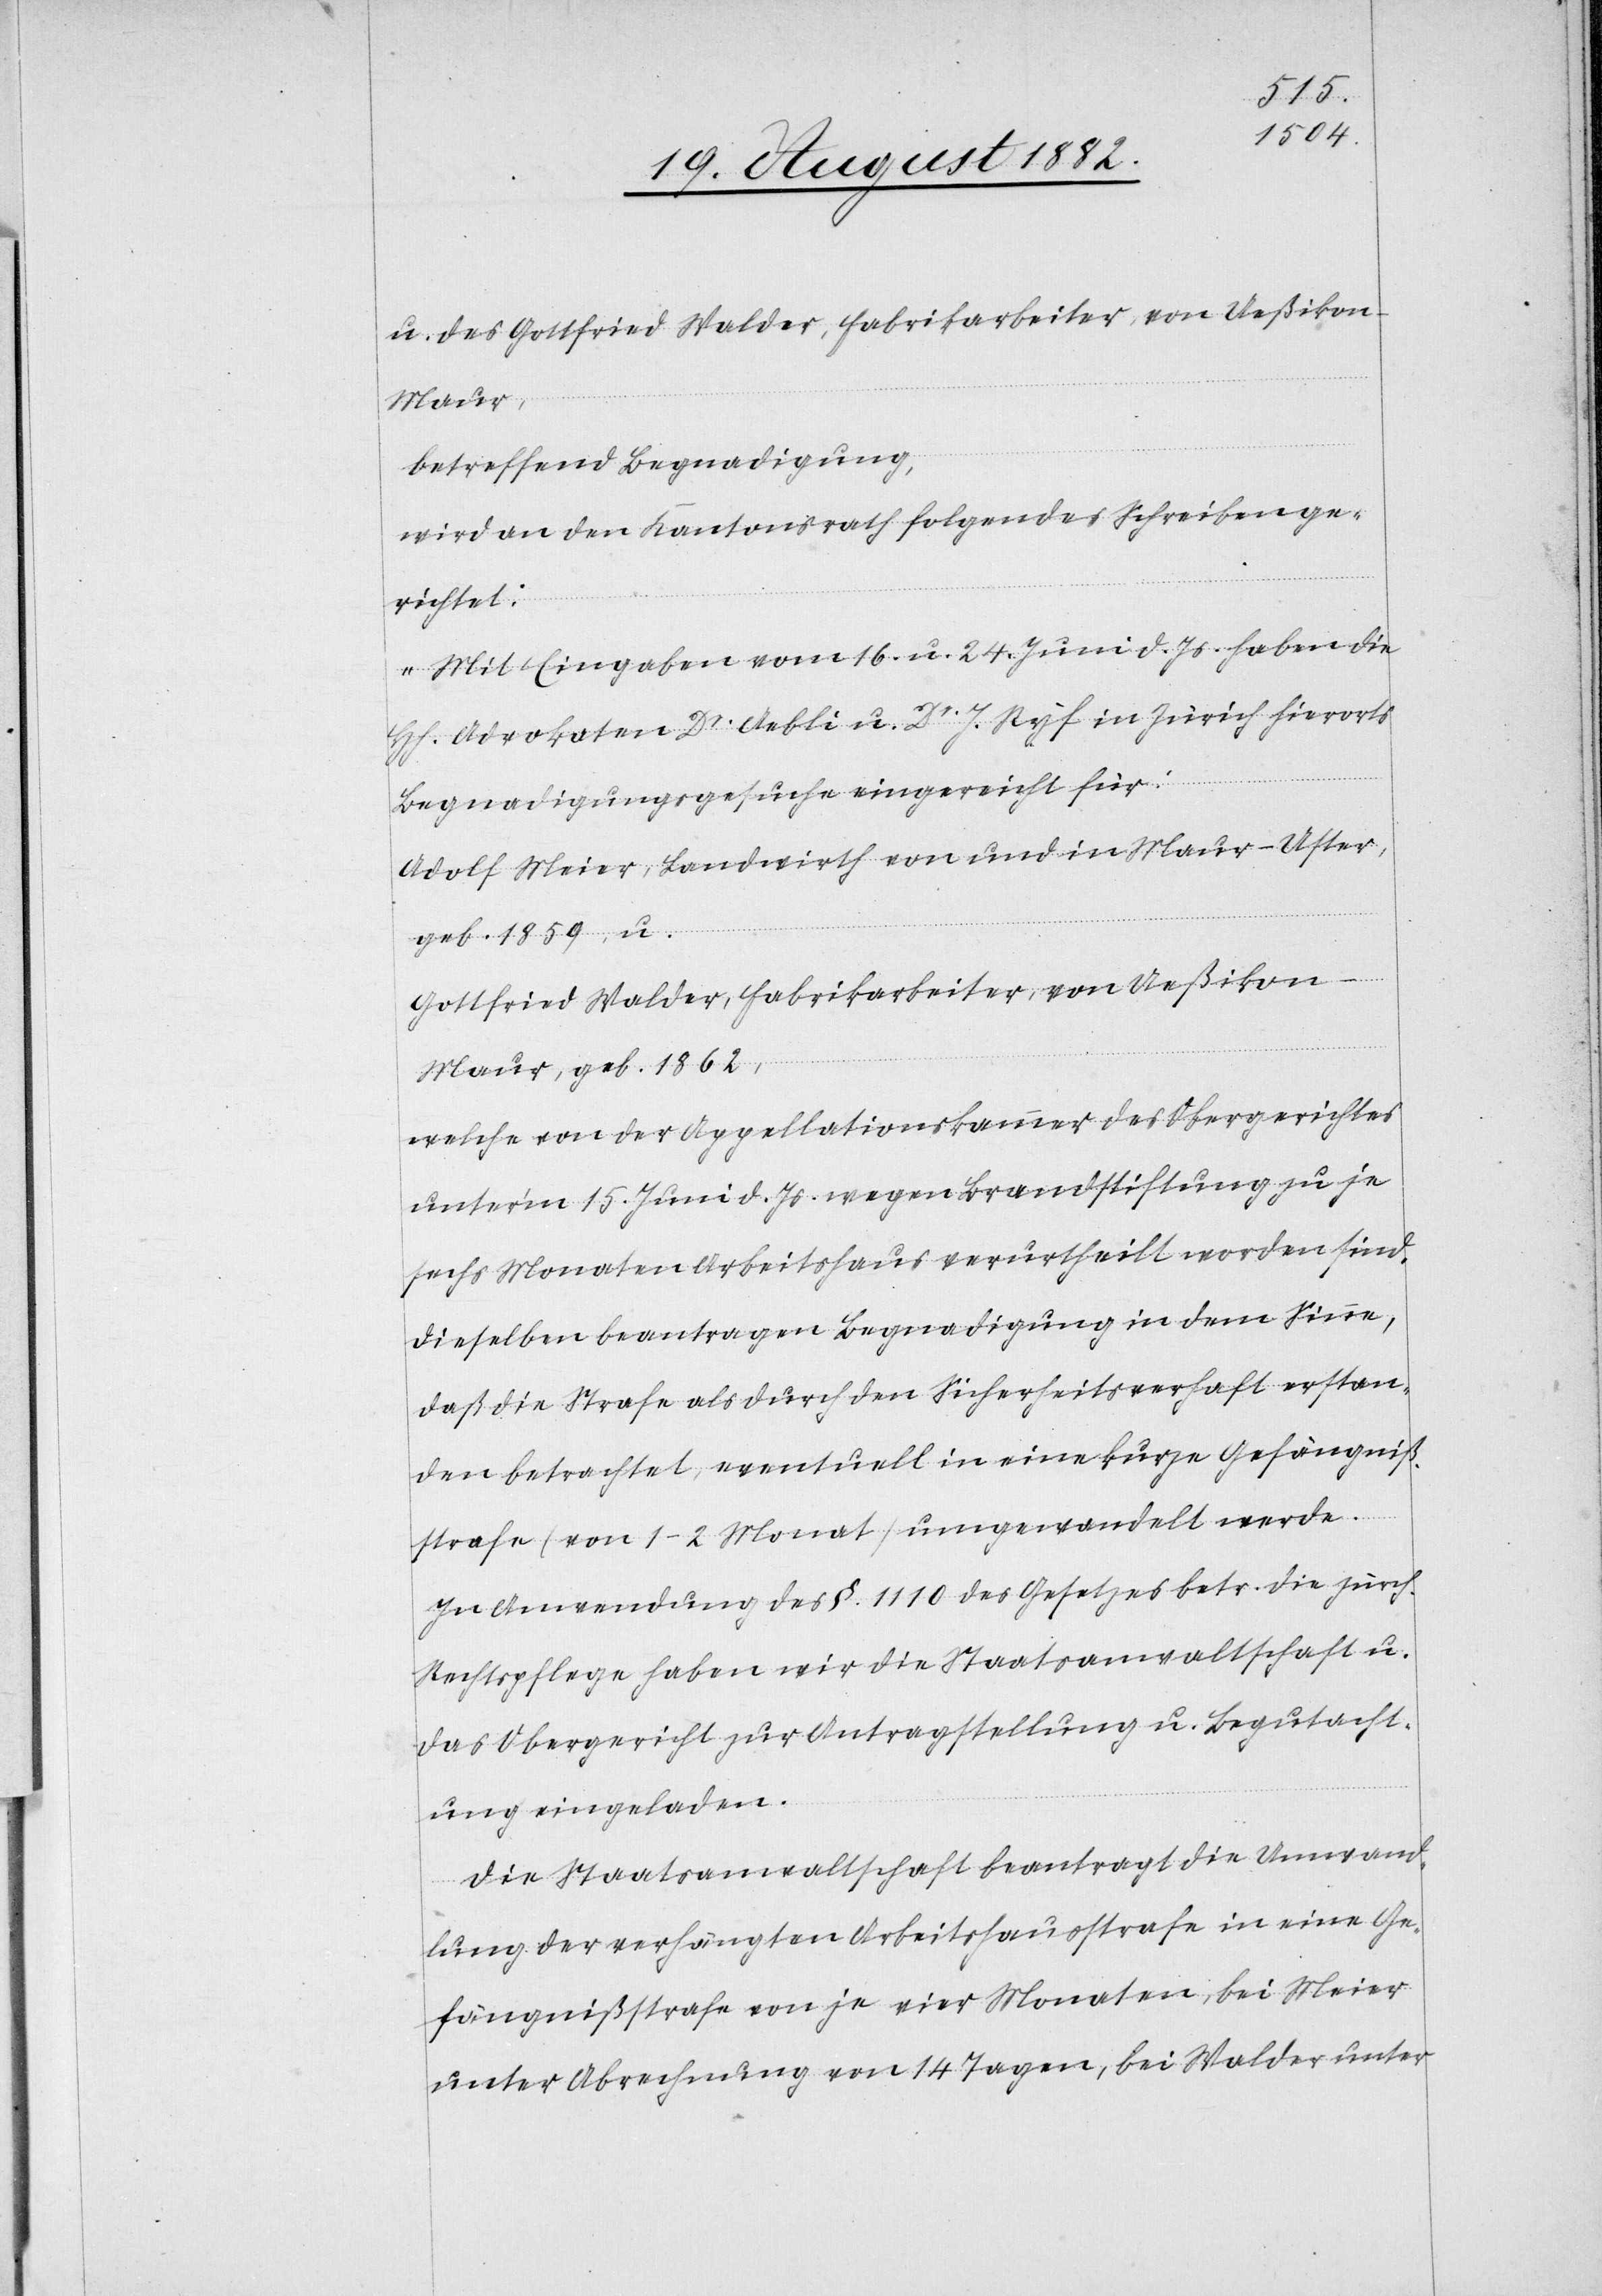
u. des Gottfried Walder, Fabrikarbeiter, von Ueßikon,
Maur,
betreffend Begnadigung,
wird an den Kantonsrath folgendes Schreiben ge¬
richtet:
„Mit Eingaben vom 16. u. 24. Juni d. Js. haben die
H[erren] Advokaten Dr Aebli u. Dr. J. Ryf in Zürich hierorts
Begnadigungsgesuche eingereicht für:
Adolf Meier, Landwirth von und in Maur - Uster,
geb. 1859, u.
Gottfried Walder, Fabrikarbeiter, von Ueßikon
Maur, geb. 1862,
welche von der Appellationskammer des Obergerichtes
unter’m 15. Juni d. Js. wegen Brandstiftung zu je
sechs Monaten Arbeitshaus verurtheilt worden sind.
Dieselben beantragen Begnadigung in dem Sinne,
daß die Strafe als durch den Sicherheitsverhaft erstan¬
den betrachtet, eventuell in eine kurze Gefängniß¬
strafe (von 1–2 Monat) umgewandlet werde.
In Anwendung des §. 1110 des Gesetzes betr. die zürch.
Rechtspflege haben wir die Staatsanwaltschaft u.
das Obergericht zur Antragstellung u. Begutacht¬
ung eingeladen.
Die Staatsanwaltschaft beantragt die Umwand¬
lung der verhängten Arbeitshausstrafe in eine Ge¬
fängnißstrafe von je vier Monaten, bei Meier
unter Abrechnung von 14 Tagen, bei Walder unter